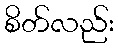
စိတ်လည်း